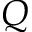
Q